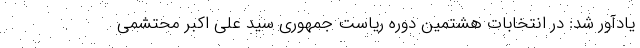
یادآور شد: در انتخابات هشتمین دوره ریاست جمهوری سید علی اکبر محتشمی